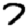
Digit: 7